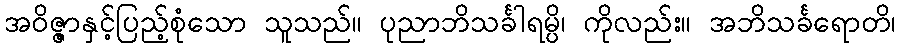
အဝိဇ္ဇာနှင့်ပြည့်စုံသော သူသည်။ ပုညာဘိသင်္ခါရမ္ပိ၊ ကိုလည်း။ အဘိသင်္ခရောတိ၊